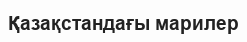
Қазақстандағы марилер